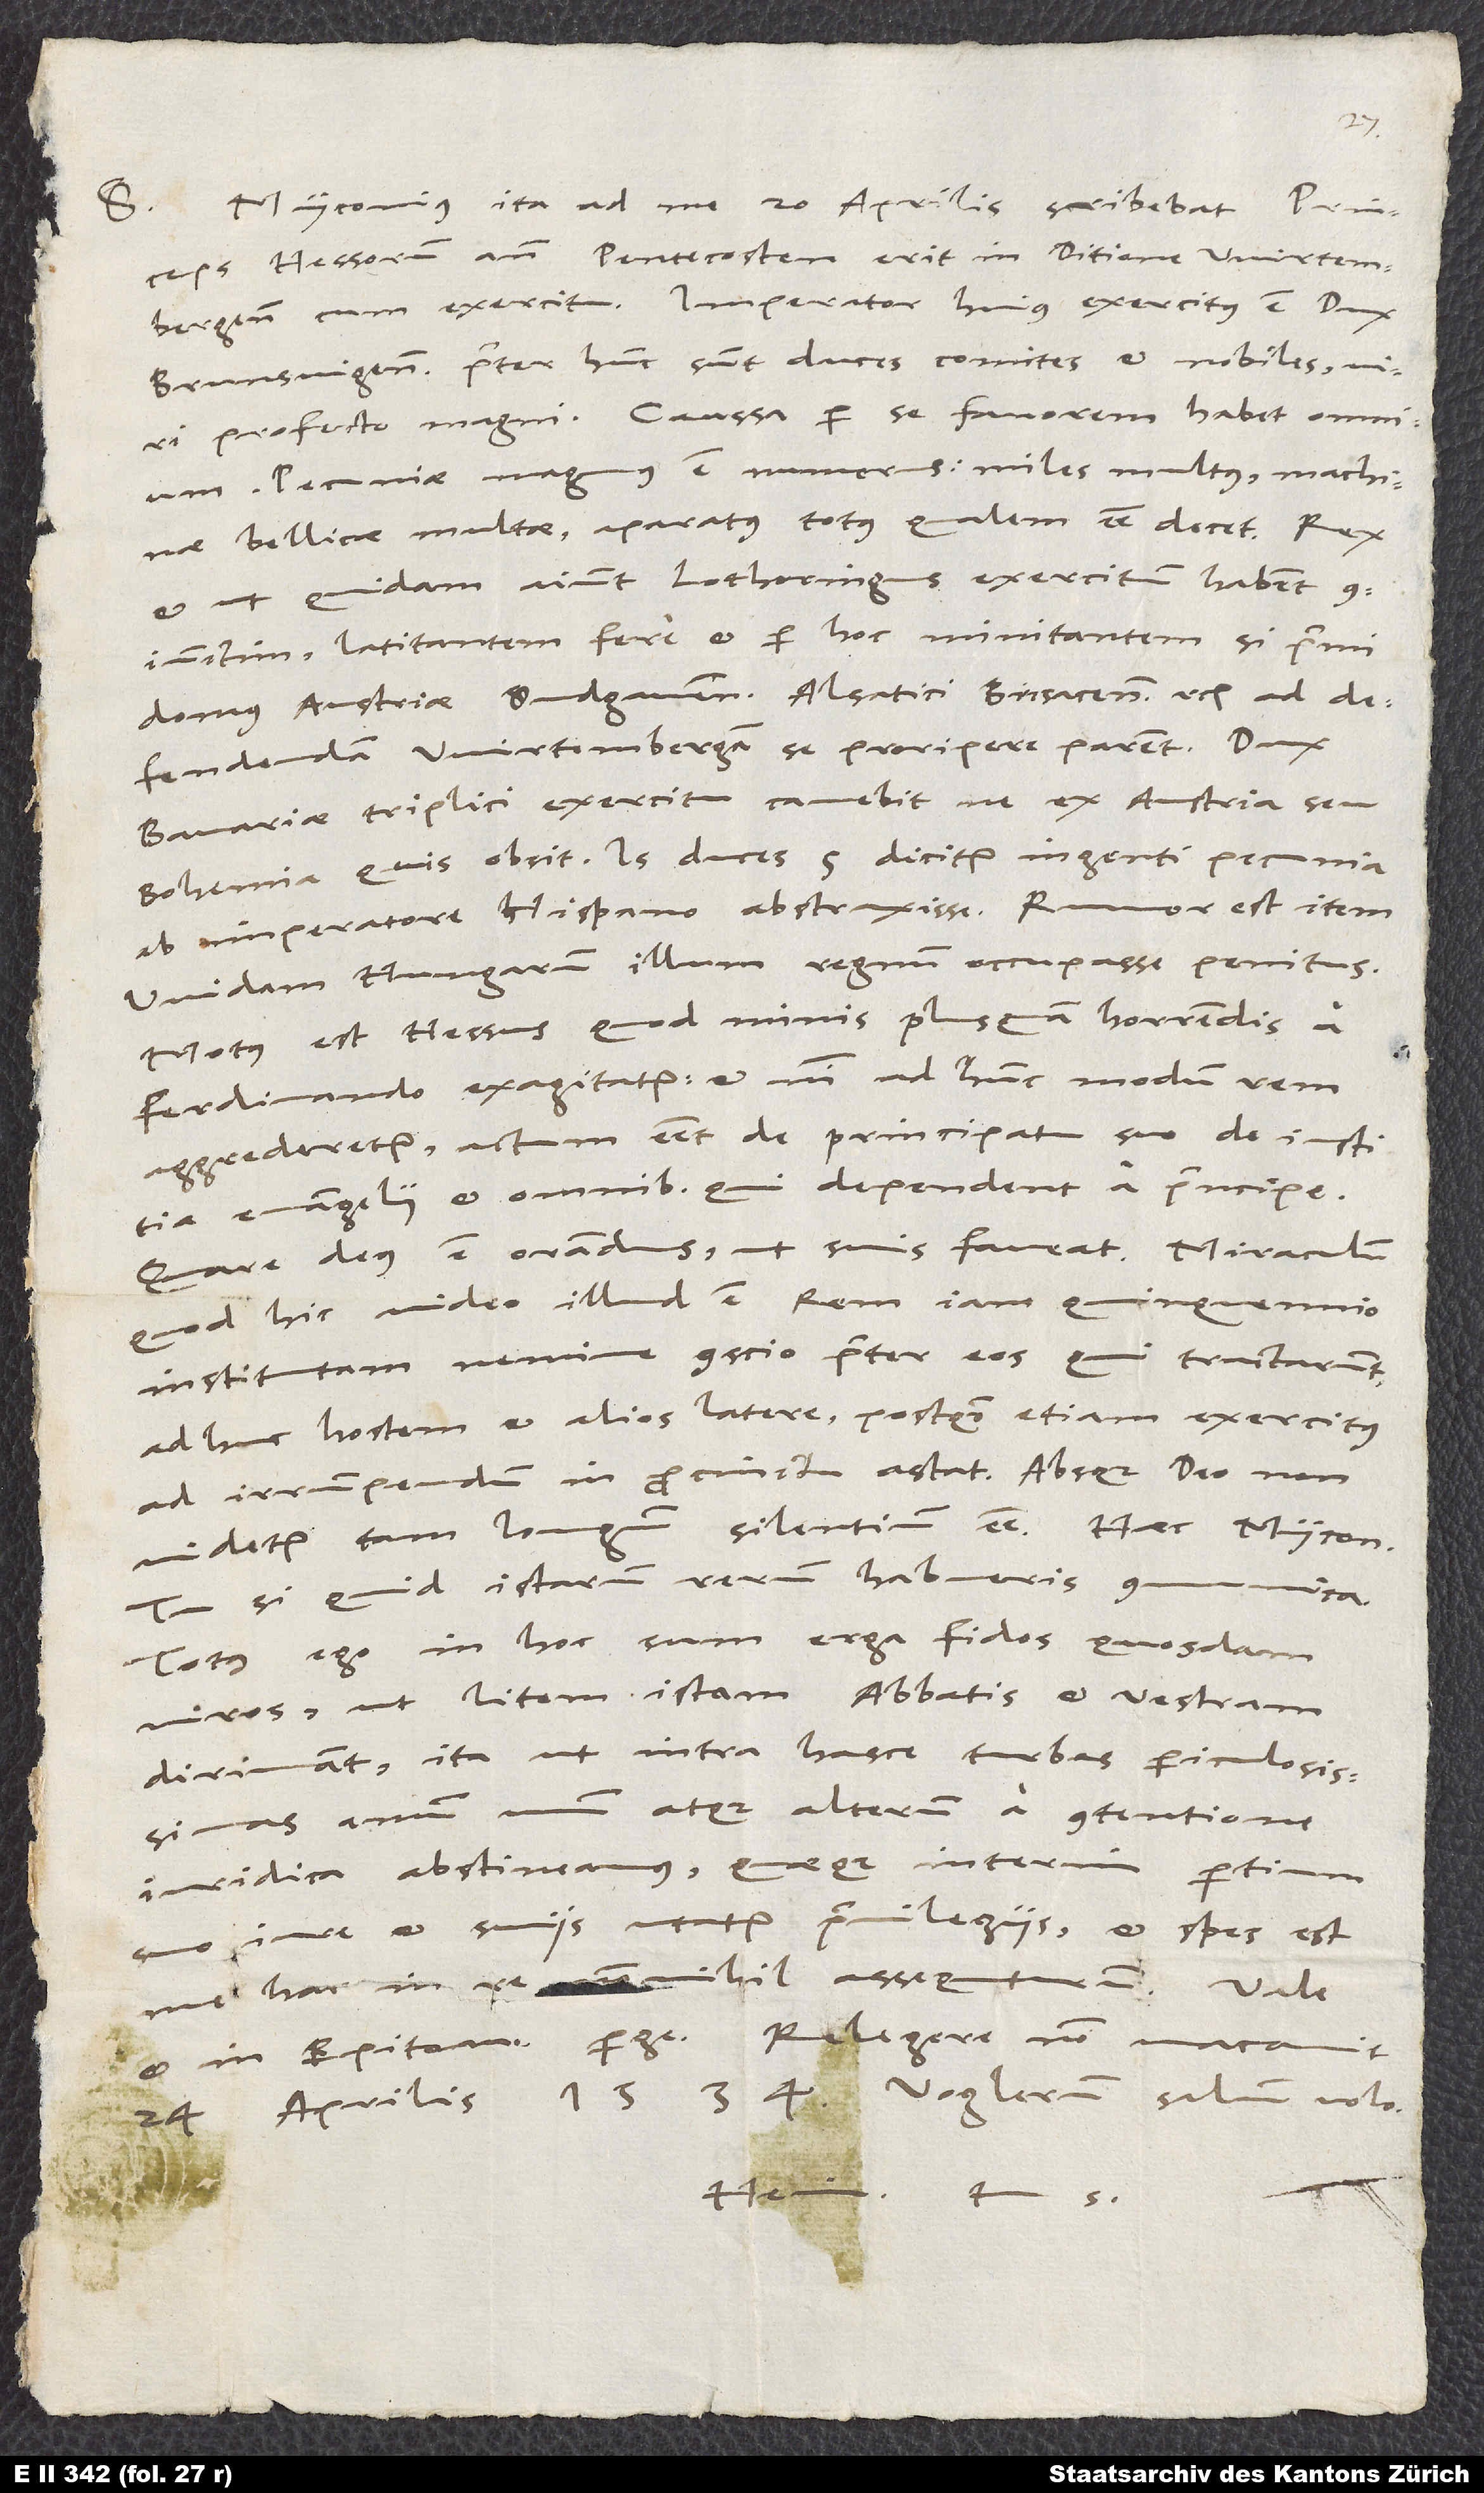
Myconius ita ad me 20. aprilis scribebat: Princeps
S.
Tu si quid istarum rerum habueris,
Totus ego in hoc sum erga fidos quosdam
viros, ut litem istam abbatis et vestram
dirimant, ita ut intra hasce turbas periculosissimas
annum unum atque alterum a contentione
iuridica abstineamus, quaeque interim partium
suo iure et suys utatur privilegiis, et spes est
me hac in re nonnihil assequuturum.
et in Epitome perge. Relegere non vacavit.